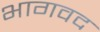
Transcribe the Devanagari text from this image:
भागवद